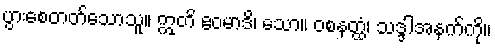
ပွားစေတတ်သောသူ။ ဣတိ ဧဝမာဒိ၊ သော။ ဝစနတ္ထံ၊ သဒ္ဒါအနက်ကို။